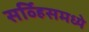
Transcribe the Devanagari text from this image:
सर्व्हिसमध्ये